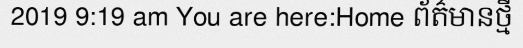
2019 9:19 am You are here:Home ព័ត៌មានថ្មី